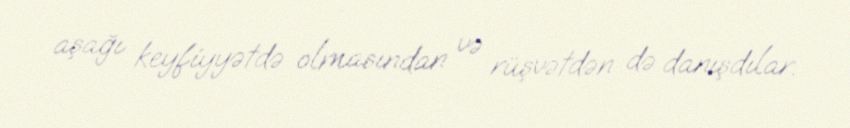
aşağı keyfiyyətdə olmasından və rüşvətdən də danışdılar.